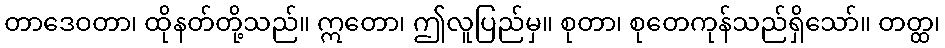
တာဒေဝတာ၊ ထိုနတ်တို့သည်။ ဣတော၊ ဤလူပြည်မှ။ စုတာ၊ စုတေကုန်သည်ရှိသော်။ တတ္ထ၊